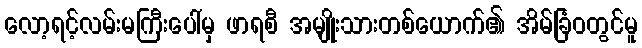
လော့ရင့်လမ်းမကြီးပေါ်မှ ဖာရစီ အမျိုးသားတစ်ယောက်၏ အိမ်ခြံဝတွင်မူ